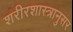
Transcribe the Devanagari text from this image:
शरीरशास्त्रानुसर